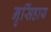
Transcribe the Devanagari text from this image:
नृसिंहाय